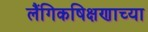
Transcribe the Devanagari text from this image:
लैंगिकषिक्षणाच्या